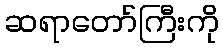
ဆရာတော်ကြီးကို